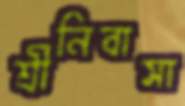
শ্রীনিবাসা